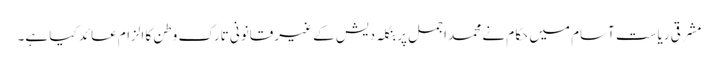
مشرقی ریاست آسام میں حکام نے محمد اجمل پر بنگلہ دیش کے غیرقانونی تارک وطن کا الزام عائد کیا ہے۔